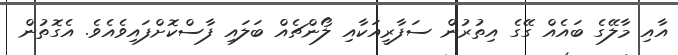
އާއި މާލޭގެ ބައެއް ގޭގެ އިތުރުން ސަފާރީއަކާއި ލޯންޗެއް ބަލައި ފާސްކޮށްފައިވެއެވެ. އެގޮތުން